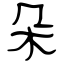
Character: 朵